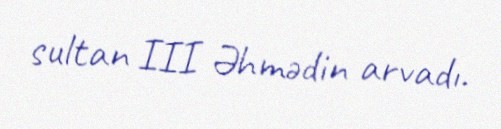
sultan III Əhmədin arvadı.